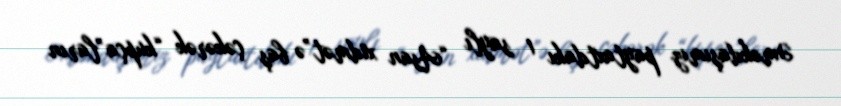
Əməkdaşımız paytaxtdakı 1 saylı “Asan xidmət”ə baş çəkərək “kupça”ların